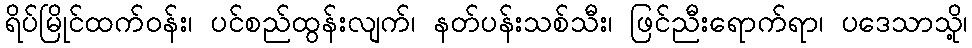
ရိပ်မြိုင်ထက်ဝန်း၊ ပင်စည်ထွန်းလျက်၊ နတ်ပန်းသစ်သီး၊ ဖြင်ညီးရောက်ရာ၊ ပဒေသာသို့၊